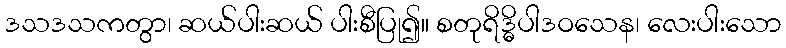
ဒသဒသကတွာ၊ ဆယ်ပါးဆယ် ပါးစီပြု၍။ စတုရိဒ္ဓိပါဒဝသေန၊ လေးပါးသော